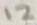
Text: 12